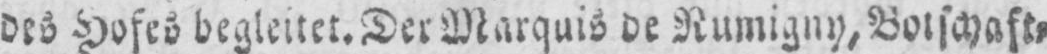
des Hofes begleitet. Der Marquis de Rumigny, Botschaft⸗